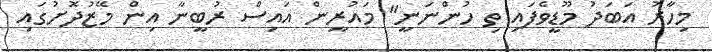
މިހާރު އަބަދު މޫޑީވެފައި ތި ހުންނަނީ" މައުރީން އައިސް ރުބީނާ އިން މޭޒުދޮށުގައި